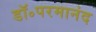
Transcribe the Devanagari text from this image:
डॉ॰परमानंद